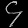
Digit: ၄